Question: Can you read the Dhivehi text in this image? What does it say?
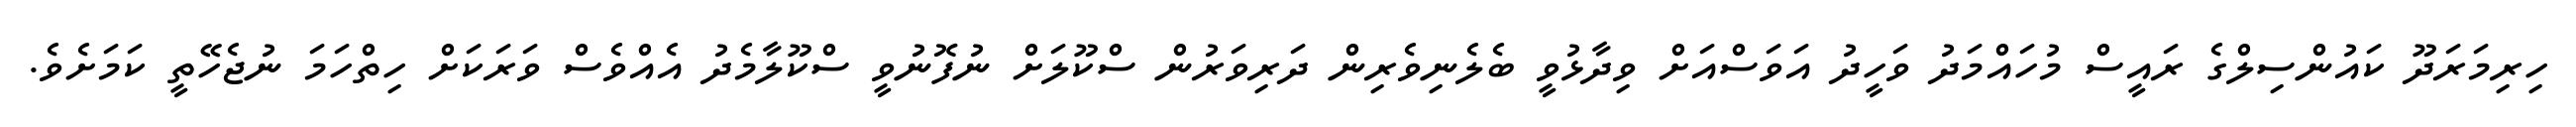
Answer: ހިރިމަރަދޫ ކައުންސިލްގެ ރައީސް މުހައްމަދު ވަހީދު އަވަސްއަށް ވިދާޅުވީ ބެލެނިވެރިން ދަރިވަރުން ސްކޫލަށް ނުފޮނުވީ ސްކޫލާމެދު އެއްވެސް ވަރަކަށް ހިތްހަމަ ނުޖެހޭތީ ކަމަށެވެ.